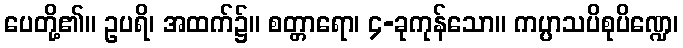
ပေတို့၏။ ဥပရိ၊ အထက်၌။ စတ္တာရော၊ ၄-ခုကုန်သော။ ကပ္ပာသပိစုပိဏ္ဍေ၊